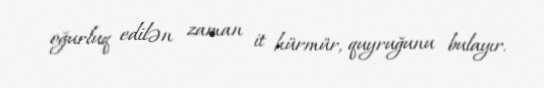
oğurluq edilən zaman it hürmür, quyruğunu bulayır.